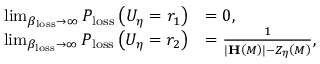
\begin{array} { r l } { \operatorname* { l i m } _ { \beta _ { \mathrm { l o s s } } \rightarrow \infty } P _ { \mathrm { l o s s } } \left( U _ { \eta } = r _ { 1 } \right) } & { = 0 , } \\ { \operatorname* { l i m } _ { \beta _ { \mathrm { l o s s } } \rightarrow \infty } P _ { \mathrm { l o s s } } \left( U _ { \eta } = r _ { 2 } \right) } & { = \frac { 1 } { \vert \mathbf { H } \left( M \right) \vert - Z _ { \eta } \left( M \right) } , } \end{array}